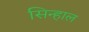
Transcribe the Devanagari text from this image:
सिन्हाल